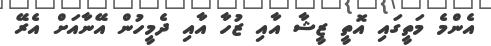
އެންމެ މަތީގައި އޮތީ ޒީޝާ އާއި ޒުހާ އާއި ދެމީހުން އޭނާއަށް އެރޭ